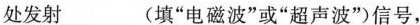
处发射___(填“电磁波”或“超声波”)信号，